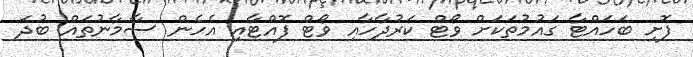
ފޮށި ބަހައްޓާ ގައުމުތަކަށް ވޯޓް ކަރުދާހާއި ވޯޓް ފޮއްޓާއި އެހެން ސާމާނުތައް ބުދަ